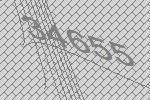
34655